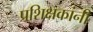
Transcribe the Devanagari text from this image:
प्रशिक्षकांनी